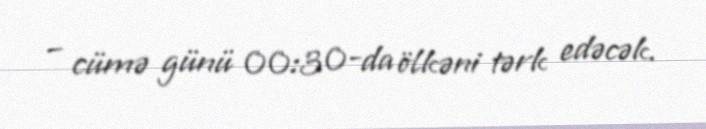
– cümə günü 00:30-da ölkəni tərk edəcək.